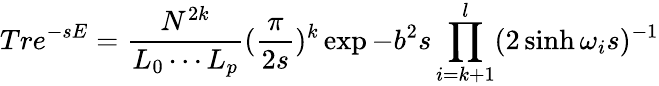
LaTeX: Tre^{-sE}=\frac{N^{2k}}{L_{0}\cdots L_{p}}(\frac{\pi}{2s})^{k}\exp{-b^{2}s}\prod_{i=k+1}^{l}(2\sinh\omega_{i}s)^{-1}